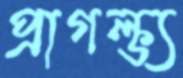
প্রাগল্‌ভ্য